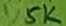
Text: 1,5K